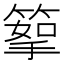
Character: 𥰪